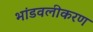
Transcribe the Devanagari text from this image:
भांडवलीकरण